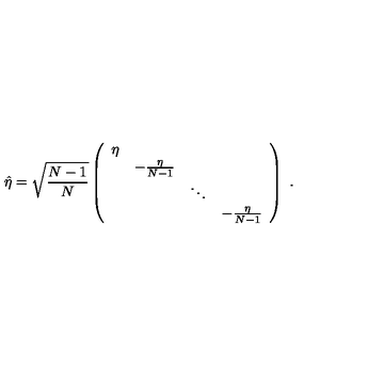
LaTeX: \hat { \eta } = \sqrt { { \frac { N - 1 } { N } } } \left( \begin{array} { c c c c } { \eta } & { } & { } & { } \\ { } & { - { \frac { \eta } { N - 1 } } } & { } & { } \\ { } & { } & { \ddots } & { } \\ { } & { } & { } & { - { \frac { \eta } { N - 1 } } } \\ \end{array} \right) \ .